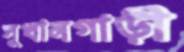
সুখানগাড়ী